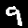
Digit: 9